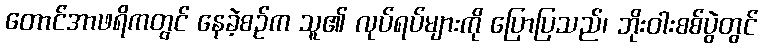
တောင်အာဖရိကတွင် နေခဲ့စဉ်က သူ၏ လုပ်ရပ်များကို ပြောပြသည်၊ ဘိုးဝါးစစ်ပွဲတွင်